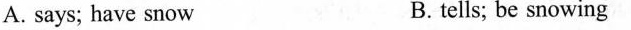
A. says;havesnow B. tells;benowing .